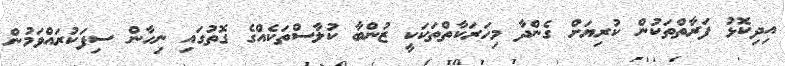
އިދިކޮޅު ފަރާތްތަކުން ކުރިޔަށް ގެންދާ މިހަރަކާތްތަކަކީ ޒުންބާ ކުލާސްތަކެއްގެ ގޮތުގަައި ނިހާން ސިފަކުރައްވަމުން